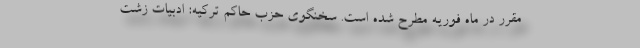
مقرر در ماه فوریه مطرح شده است. سخنگوی حزب حاکم ترکیه: ادبیات زشت